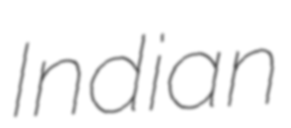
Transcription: Indian